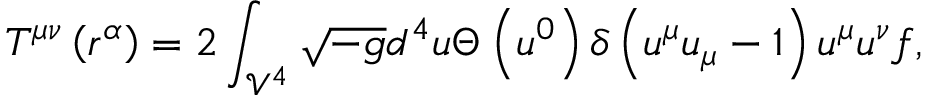
T ^ { \mu \nu } \left( r ^ { \alpha } \right) = 2 \int _ { \mathcal { V } ^ { 4 } } \sqrt { - g } d ^ { 4 } u \Theta \left( u ^ { 0 } \right) \delta \left( u ^ { \mu } u _ { \mu } - 1 \right) u ^ { \mu } u ^ { \nu } f ,